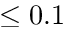
\le 0 . 1